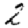
Digit: 2